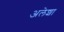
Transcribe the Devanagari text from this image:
अलेशा